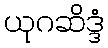
ယုဂဆိဒ္ဒံ